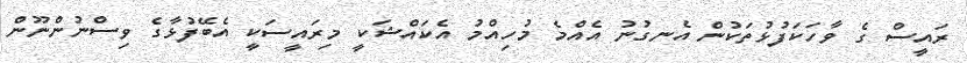
ރައީސް ގެ ވާހަކަފުޅުތަކުން އެނގުނު އެއްމެ މުހިއްމު އެކައްޝަކީ މިރައީސަކީ އެބޭފުޅާގެ ވިސްނުންނޫން